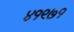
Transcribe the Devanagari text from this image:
४१९७१